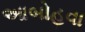
આબોહવા